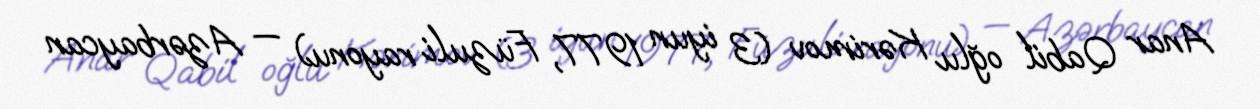
Anar Qabil oğlu Kərimov (3 iyun 1977, Füzuli rayonu) — Azərbaycan